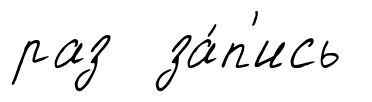
раз за́п'ись